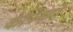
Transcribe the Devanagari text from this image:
कंपिनयों